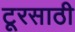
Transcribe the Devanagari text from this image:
टूरसाठी